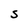
Character: S